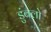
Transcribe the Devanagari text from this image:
डुंबलो